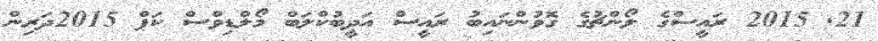
21